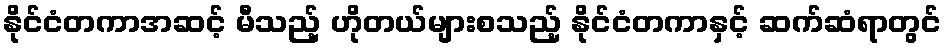
နိုင်ငံတကာအဆင့် မီသည့် ဟိုတယ်များစသည့် နိုင်ငံတကာနှင့် ဆက်ဆံရာတွင်